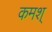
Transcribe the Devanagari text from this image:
कमश्